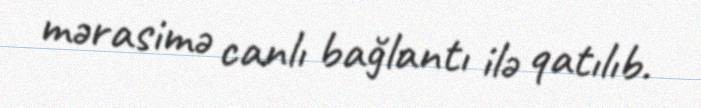
mərasimə canlı bağlantı ilə qatılıb.